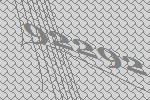
92292